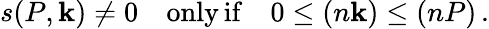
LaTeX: s(P,\mathbf{k})\neq0\quad\mathrm{{only\, if}}\quad0\leq(n\mathbf{k})\leq(nP)\, .